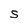
Character: S